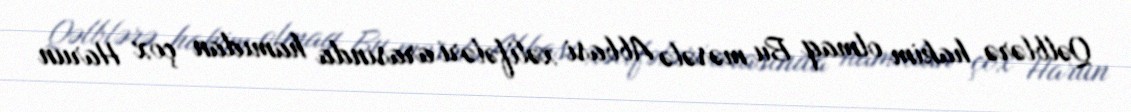
Qəlblərə hakim olmaq Bu məsələ Abbasi xəlifələri arasında hamıdan çox Harun